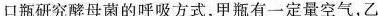
口瓶研究酵母菌的呼吸方式，甲瓶有一定量空气，乙